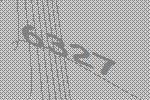
6327